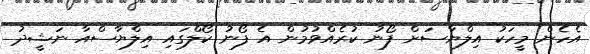
އެހެން މީހަކު އިލްޔާސަށް ފޯނު ކުރެއްވުމުން އެ ފޯނު ކޯލްގައި އިލްޔާސްއާ ނަޝީދު